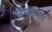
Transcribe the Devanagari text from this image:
सिमुकाच्याच